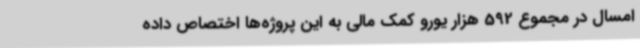
امسال در مجموع 592 هزار یورو کمک مالی به این پروژه‌ها اختصاص داده